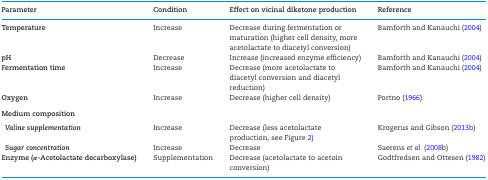
<table><thead><tr><td><b>Parameter</b></td><td><b>Condition</b></td><td><b>Effect on vicinal diketone production</b></td><td><b>Reference</b></td></tr></thead><tbody><tr><td><b>Temperature</b></td><td>Increase</td><td>Decrease during fermentation or maturation (higher cell density, more acetolactate to diacetyl conversion)</td><td>Bamforth and Kanauchi (2004)</td></tr><tr><td><b>pH</b></td><td>Decrease</td><td>Increase (increased enzyme efficiency)</td><td>Bamforth and Kanauchi (2004)</td></tr><tr><td><b>Fermentation time</b></td><td>Increase</td><td>Decrease (more acetolactate to diacetyl conversion and diacetyl reduction)</td><td>Bamforth and Kanauchi (2004)</td></tr><tr><td><b>Oxygen</b></td><td>Increase</td><td>Decrease (higher cell density)</td><td>Portno (1966)</td></tr><tr><td><b>Medium composition</b></td><td>[EMPTY_CELL]</td><td>[EMPTY_CELL]</td><td>[EMPTY_CELL]</td></tr><tr><td> <b><i>Valine supplementation</i></b></td><td>Increase</td><td>Decrease (less acetolactate production, see Figure 2)</td><td>Krogerus and Gibson (2013b)</td></tr><tr><td> <b><i>Sugar concentration</i></b></td><td>Increase</td><td>Decrease</td><td>Saerens <i>et al.</i> (2008b)</td></tr><tr><td><b>Enzyme (α-Acetolactate decarboxylase)</b></td><td>Supplementation</td><td>Decrease (acetolactate to acetoin conversion)</td><td>Godtfredsen and Ottesen (1982)</td></tr></tbody></table>